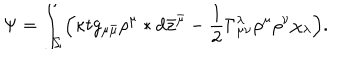
LaTeX: \Psi = \int _ { \Sigma } \Bigl ( \kappa t g _ { \mu \bar { \mu } } \rho ^ { \mu } * d \bar { z } ^ { \bar { \mu } } - \frac { 1 } { 2 } \Gamma _ { \mu \nu } ^ { \lambda } \rho ^ { \mu } \rho ^ { \nu } \chi _ { \lambda } \Bigr ) .